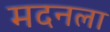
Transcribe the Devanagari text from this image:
मदनला